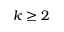
k \geq 2